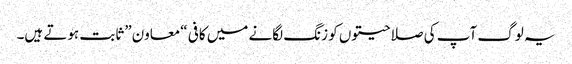
یہ لوگ آپ کی صلاحیتوں کو زنگ لگانے میں کافی “معاون” ثابت ہوتے ہیں۔